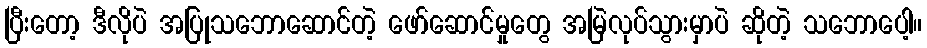
ပြီးတော့ ဒီလိုပဲ အပြုသဘောဆောင်တဲ့ ဖော်ဆောင်မှုတွေ အမြဲလုပ်သွားမှာပဲ ဆိုတဲ့ သဘောပေါ့။